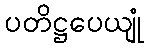
ပတိဋ္ဌပေယျုံ